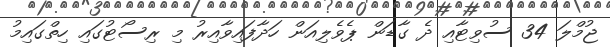
ޖުމްލަ 34 ސުވިޓާއި ދެ ގާޑަން ޕެވެލިއަން ހަދާފައިވާއިރު މި ރިސޯޓުގައި ހިތްގައިމު